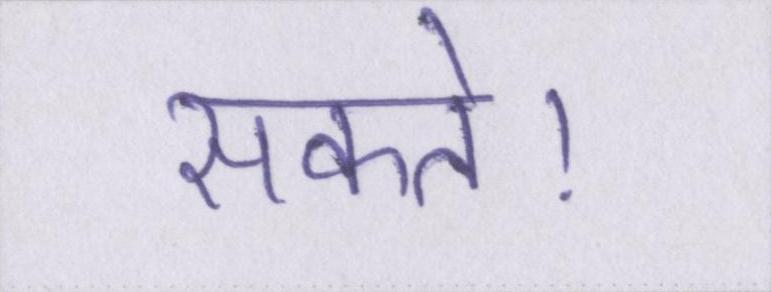
सकते।